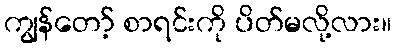
ကျွန်တော့် စာရင်းကို ပိတ်မလို့လား။